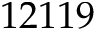
1 2 1 1 9